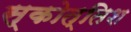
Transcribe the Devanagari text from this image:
स्कोत्तिश